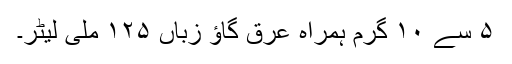
۵ سے ۱۰ گرم ہمراہ عرق گاؤ زباں ۱۲۵ ملی لیٹر۔